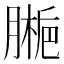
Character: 𫆱